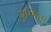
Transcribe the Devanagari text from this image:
युग्मित।